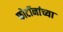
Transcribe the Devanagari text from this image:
फोटॉनांच्या